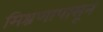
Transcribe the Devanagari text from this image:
मिश्रणापासून